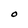
Character: O